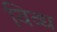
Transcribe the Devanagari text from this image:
विव्ध